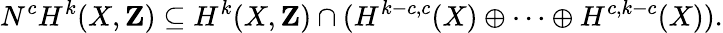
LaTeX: N^{c}H^{k}(X,\mathbf{Z})\subseteq H^{k}(X,\mathbf{Z})\cap(H^{k-c,c}(X)\oplus\cdots\oplus H^{c,k-c}(X)).